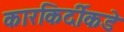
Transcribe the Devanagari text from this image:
कारकिर्दीकडे